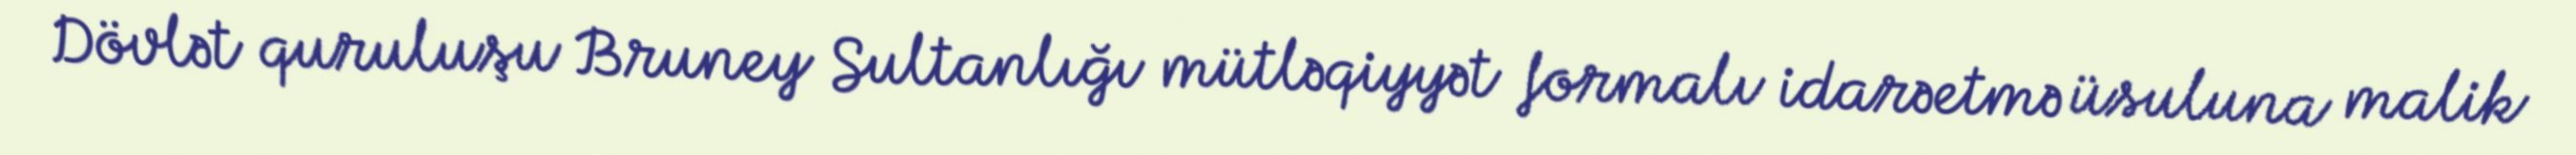
Dövlət quruluşu Bruney Sultanlığı mütləqiyyət formalı idarəetmə üsuluna malik